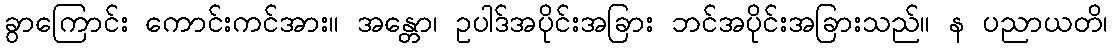
ခွာကြောင်း ကောင်းကင်အား။ အန္တော၊ ဥပါဒ်အပိုင်းအခြား ဘင်အပိုင်းအခြားသည်။ န ပညာယတိ၊